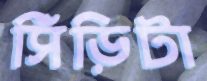
সিঁড়িটা